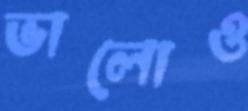
ভালোও